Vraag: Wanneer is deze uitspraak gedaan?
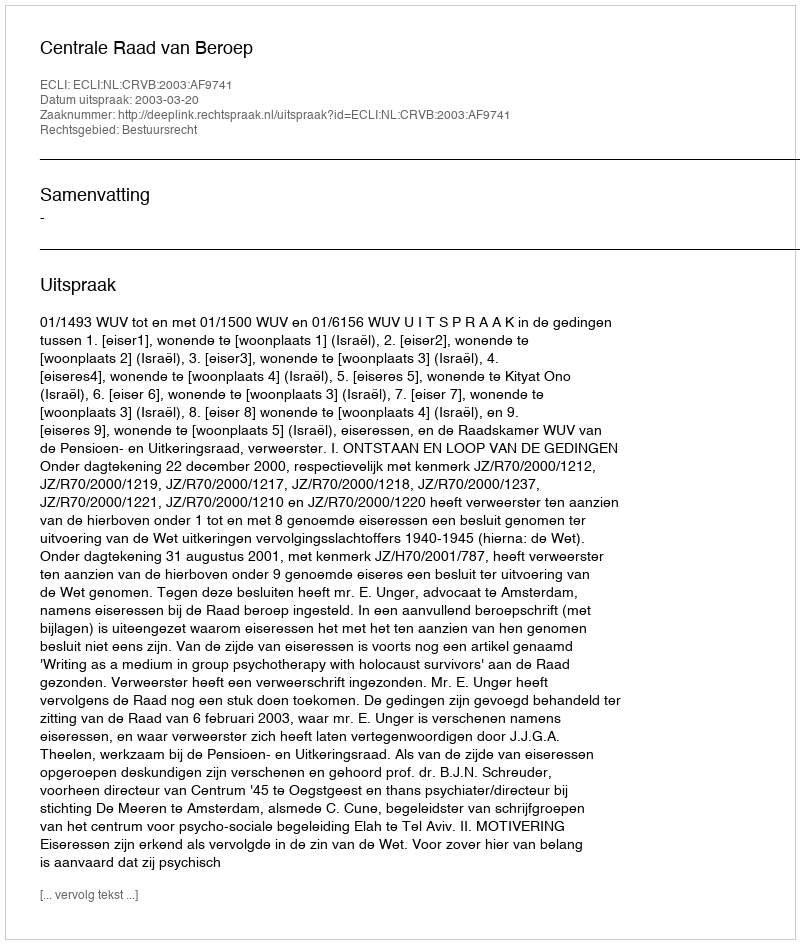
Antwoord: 2003-03-20